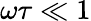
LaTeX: \omega\tau\ll 1